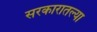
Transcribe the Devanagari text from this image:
सरकारातल्या